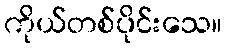
ကိုယ်တစ်ပိုင်းသေ။